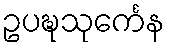
ဥပဍ္ဎသုင်္ကေန